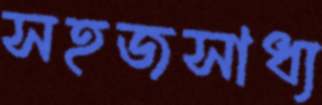
সহজসাধ্য